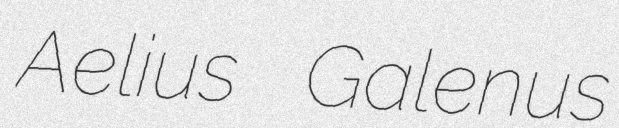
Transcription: Aelius Galenus